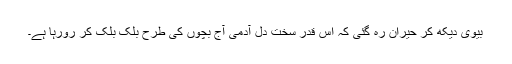
بیوی دیکھ کر حیران رہ گئی کہ اس قدر سخت دل آدمی آج بچوں کی طرح بلک بلک کر رورہا ہے۔